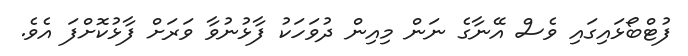
ފުޓްބޯޅައިގައި ވެސް އޭނާގެ ނަން މިއިން ދުވަހަކު ފާޅުނުވާ ވަރަށް ފާޅުކޮށްފަ އެވެ.